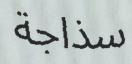
سذاجة